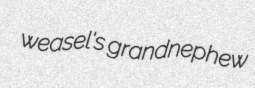
weasel's grandnephew